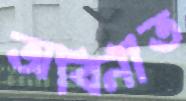
অবিনীত